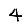
Digit: 4